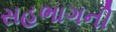
સહભાગની